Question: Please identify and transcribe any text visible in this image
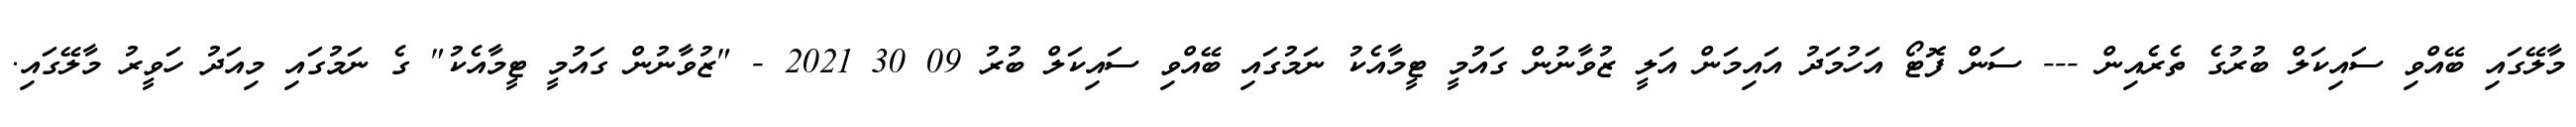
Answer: މާލޭގައި ބޭއްވި ސައިކަލް ބުރުގެ ތެރެއިން --- ސަން ފޮޓޯ އަހުމަދު އައިމަން އަލީ ޒުވާނުން ގައުމީ ޓީމާއެކު ނަމުގައި ބޭއްވި ސައިކަލް ބުރު 09 30 2021 - "ޒުވާނުން ގައުމީ ޓީމާއެކު" ގެ ނަމުގައި މިއަދު ހަވީރު މާލޭގައި.